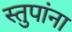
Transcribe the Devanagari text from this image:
स्तुपांना